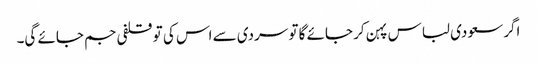
اگر سعودی لباس پہن کر جائے گا تو سردی سے اس کی تو قلفی جم جائے گی۔